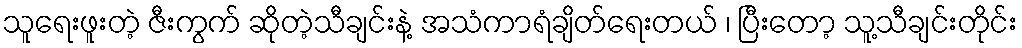
သူရေးဖူးတဲ့ ဇီးကွက် ဆိုတဲ့သီချင်းနဲ့ အသံကာရံချိတ်ရေးတယ် ၊ ပြီးတော့ သူ့သီချင်းတိုင်း